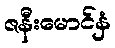
ဇနီးမောင်နှံ